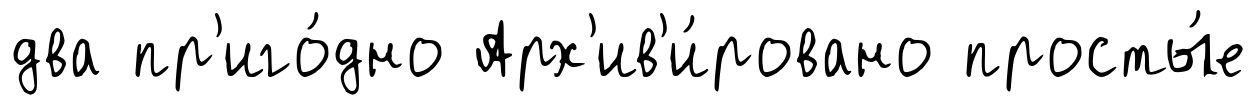
два пр'иго́дно Арх'ив'и́ровано просты́е